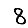
Digit: 8